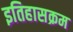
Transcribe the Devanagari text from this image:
इतिहासक्रम